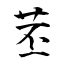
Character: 苤